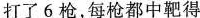
打了6枪，每枪都中靶得